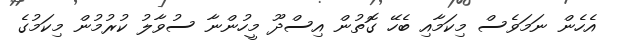
އެހެން ނަމަވެސް މިކަމާއި ބެހޭ ގޮތުން އިސްދޫ މީހުންނާ ސުވާލު ކުރުމުން މިކަމުގެ